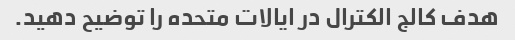
هدف کالج الکترال در ایالات متحده را توضیح دهید.